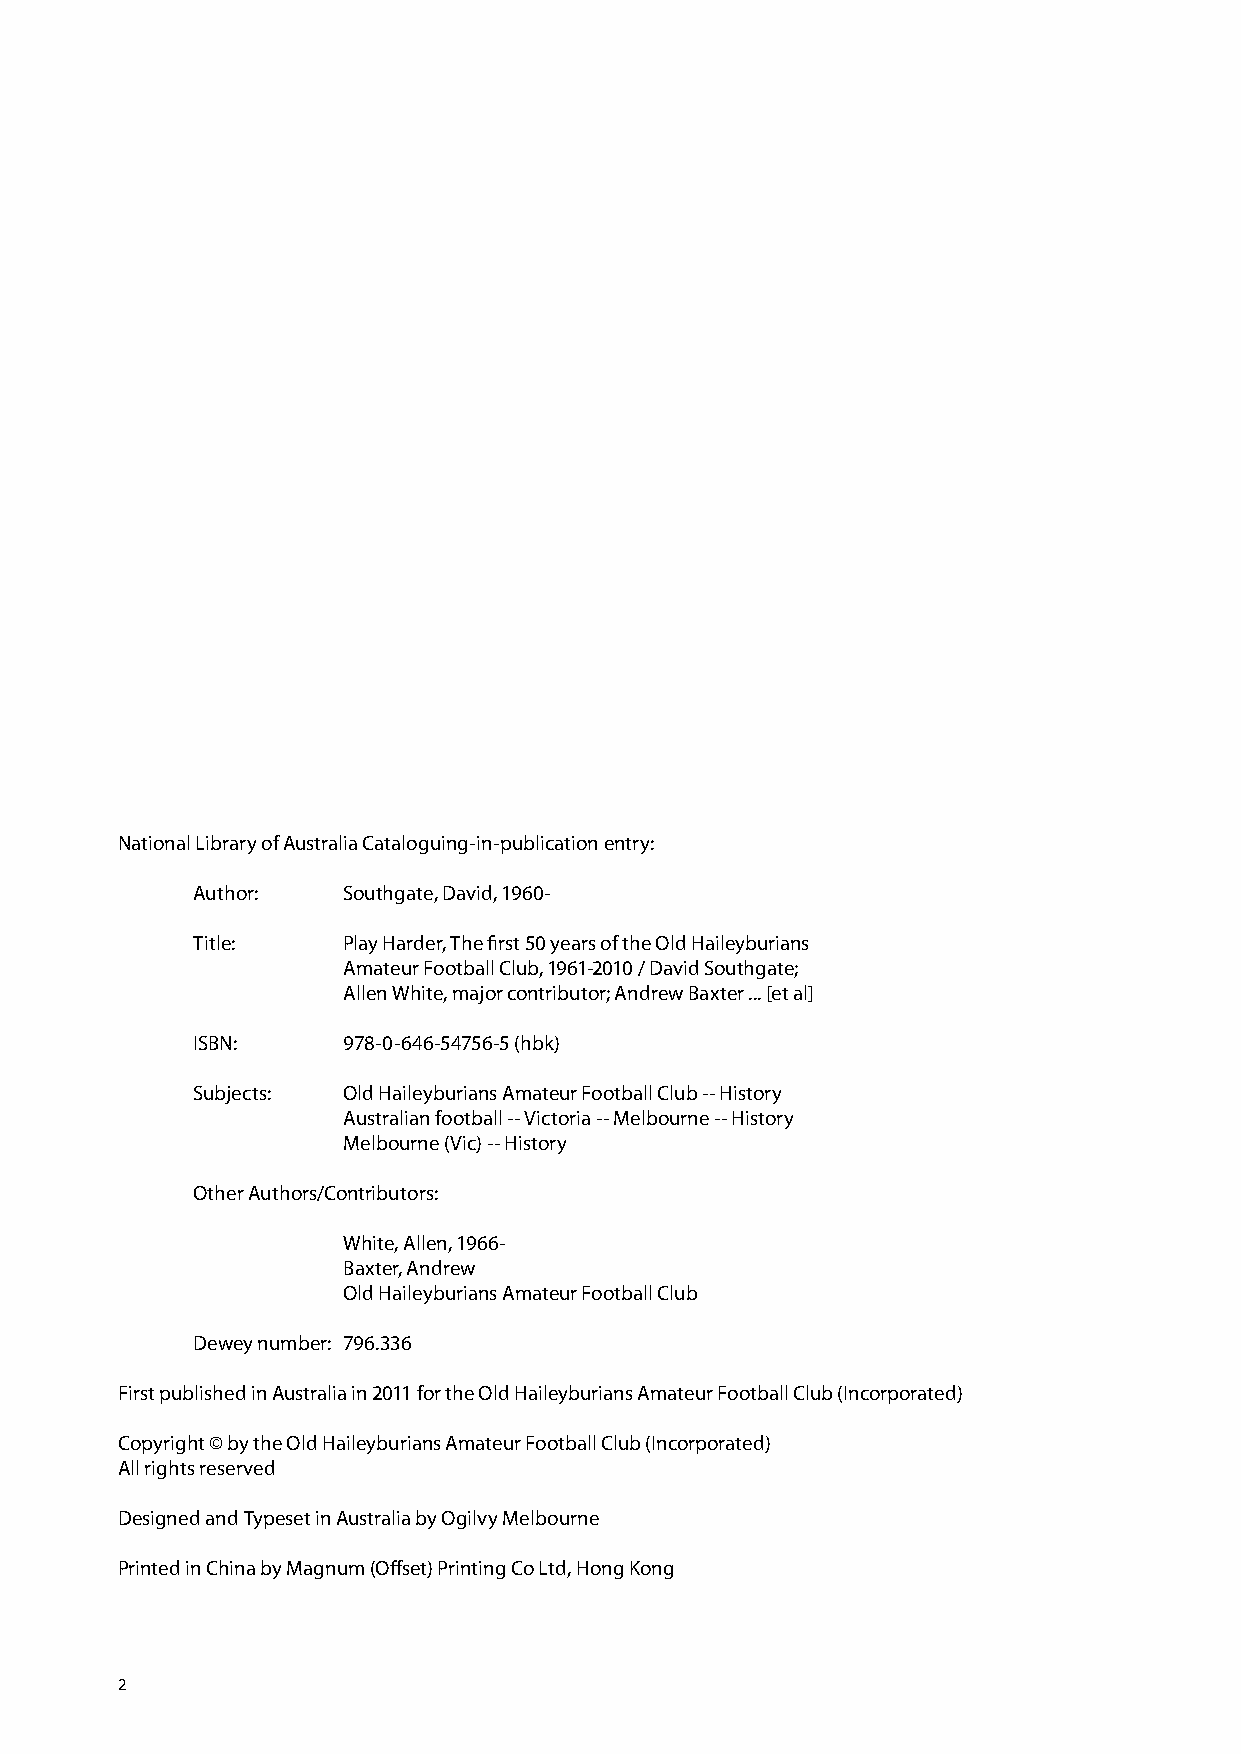
National Library of Australia Cataloguing-in-publication entry:
 Author:   Southgate, David, 1960-
 Title:    Play Harder, The first 50 years of the Old Haileyburians
 Amateur Football Club, 1961-2010 / David Southgate;
 Allen White, major contributor; Andrew Baxter ... [et al]
 ISBN:     978-0-646-54756-5 (hbk)
 Subjects: Old Haileyburians Amateur Football Club -- History
 Australian football -- Victoria -- Melbourne -- History
 Melbourne (Vic) -- History
 Other Authors/Contributors:
 White, Allen, 1966-
 Baxter, Andrew
 Old Haileyburians Amateur Football Club
 Dewey number: 796.336
 First published in Australia in 2011 for the Old Haileyburians Amateur Football Club (Incorporated)
 Copyright © by the Old Haileyburians Amateur Football Club (Incorporated)
 All rights reserved
 Designed and Typeset in Australia by Ogilvy Melbourne
 Printed in China by Magnum (Offset) Printing Co Ltd, Hong Kong
 2